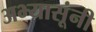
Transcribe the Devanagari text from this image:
अभ्यासूंनी